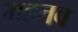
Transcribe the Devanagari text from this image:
मह्रतव